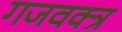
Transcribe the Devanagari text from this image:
गजवक्त्र